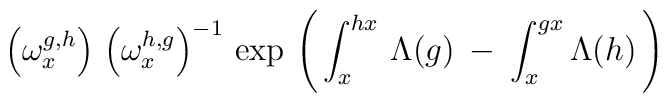
\left( \omega^{g,h}_x \right) \,\left( \omega^{h,g}_x \right)^{-1} \,\exp \, \left( \, \int^{hx}_x \, \Lambda(g) \: - \:\int^{gx}_x \Lambda(h) \, \right)